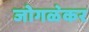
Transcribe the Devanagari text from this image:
जोगळ॓कर